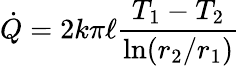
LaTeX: {\dot{Q}}=2k\pi\ell{\frac{T_{1}-T_{2}}{\ln(r_{2}/r_{1})}}